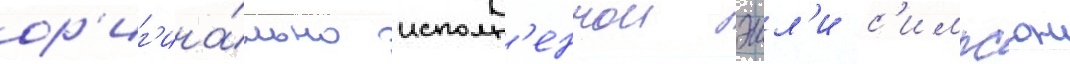
ор'иг'ина́льно исполн'еннои эшл'и с'импсон